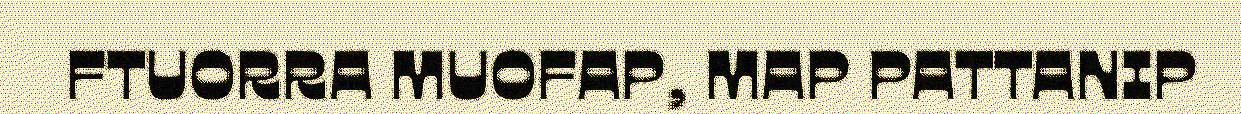
FTUORRA MUOFAP, MAP PATTANIP